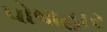
પોષાહાર